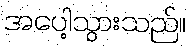
အပေါ့သွားသည်။